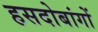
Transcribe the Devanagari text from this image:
हसदोबांगों